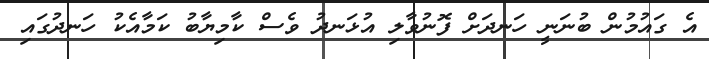
އެ ގައުމުން ބުނަނީ ހަނދަށް ފޮނުވާލި އުޅަނދު ވެސް ކާމިޔާބު ކަމާއެކު ހަނދުގައި